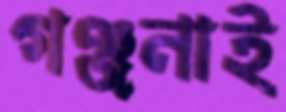
গঞ্জনাই